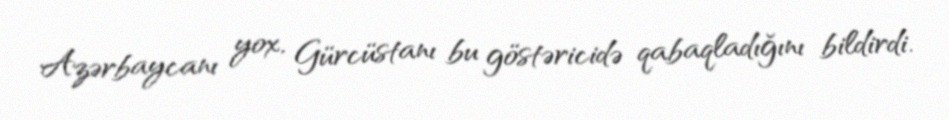
Azərbaycanı yox, Gürcüstanı bu göstəricidə qabaqladığını bildirdi.